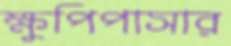
ক্ষুপিপাসার